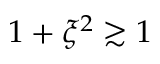
1 + \xi ^ { 2 } \gtrsim 1